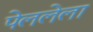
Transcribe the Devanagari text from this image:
पेललेला